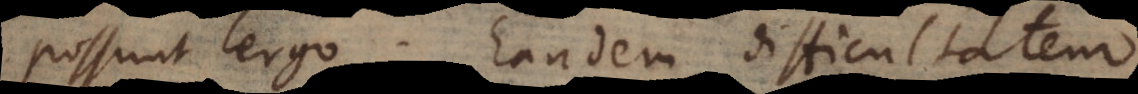
possunt ergo. Eandem difficultatem